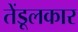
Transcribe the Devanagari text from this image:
तेंडूलकार